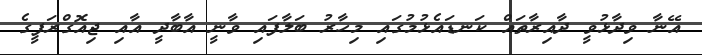
އޭނާ ވިދާޅުވީ ދާއިރާތައް ކަނޑައެޅުމުގައި މިހާރު ބަލާފައި ވާނީ އާބާދީ އާއި ޖިއޮގްރަފީގެ